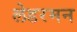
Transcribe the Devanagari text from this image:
लेडरमन